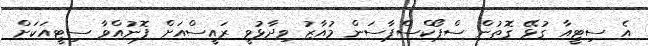
އެ ސިޓީއާ ގުޅޭ ގޮތުން ސްޕޯކްސްޕާސަން މުއާޒު ވިދާޅުވީ ރައީސްއަށް ފޮނުއްވާ ސިޓީއަކަށް